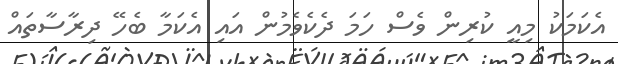
އެކަމަކު މިއީ ކުރިން ވެސް ހަމަ ދެކެވެމުން އައި އެކަމާ ބެހޭ ދިރާސާތައް